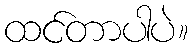
ထင်တာပါပဲ။